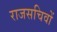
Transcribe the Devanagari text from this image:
राजसचिवों